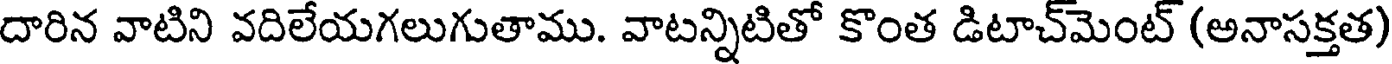
దారిన వాటిని వదిలేయగలుగుతాము. వాటన్నిటితో కొంత డిటాచ్మెంట్ (అనాసక్తత)